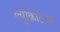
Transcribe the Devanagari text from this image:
ल्युक्रिटियस